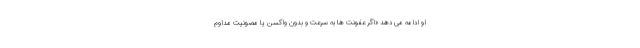
او ادامه می دهد «اگر عفونت ها به سرعت و بدون واکسن یا مصونیت مداوم